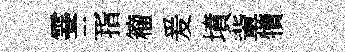
霎三指籕爰墳軰犢